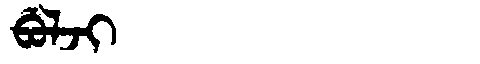
Manchu: ᠪᡠᠯᠵᡳ
Romanization: BULJI